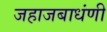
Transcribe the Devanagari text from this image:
जहाजबाधंणी